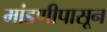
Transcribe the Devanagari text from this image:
मांडणीपासून